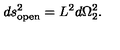
d s _ { \mathrm { o p e n } } ^ { 2 } = L _ { \vphantom 2 } ^ { 2 } d \Omega _ { 2 } ^ { 2 } .